Vaccination United Provinces of Agra and Oudh 1902-1913 - 1902-1913
Year: 1902
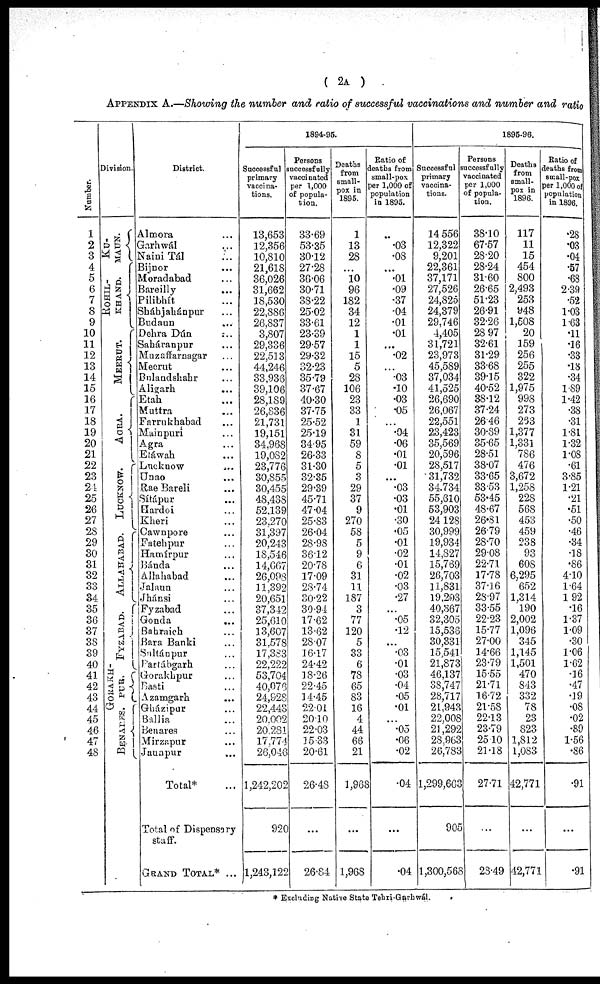
( 2A )
APPENDIX A.—Showing the number and ratio of successful vaccinations and number and ratio
Number.
1
2
3
4
5
6
7
8
9
10
11
12
13
14
15
16
17
18
19
20
21
22
23
24
25
26
27
28
29
30
31
32
33
34
35
36
37
38
39
40
41
42
43
44
45
46
47
48
Division.
KU¬
MAUN.
ROHIL¬
KHAND.
MEERUT.
AGRA.
LUCKNOW.
ALLAHABAD.
FYZABAD.
GORAKH¬
PUR.
BENARES.
District.
Almora ...
Garhwál ...
Naini Tál ...
Bijnor ...
Moradabad ...
Bareilly
...
Pilibhít ...
Sháhjahánpur ...
Budaun ...
Dehra Dún ...
Saháranpur ...
Muzaffarnagar ...
Meerut ...
Bulandshahr ...
Aligarh ...
Etah ...
Muttra ...
Farrukhabad ...
Mainpuri ...
Agra ...
Etáwah ...
Lucknow ...
Unao ...
Rae Bareli ...
Sítápur ...
Hardoi ...
Kheri ...
Cawnpore ...
Fatehpur ...
Hamírpur ...
Bánda ...
Allahabad ...
Jalaun ...
Jhánsi ...
Fyzabad ...
Gonda ...
Bahraich ...
Bara Banki ...
Sultánpur ...
Partábgarh ...
Gorakhpur ...
Basti ...
Azamgarh ...
Gházipur ...
Ballia ...
Benares ...
Mirzapur ...
Jaunpur ...
Total* ...
Total of Dispensary
staff. ...
GRAND TOTAL* ...
1894-95.
Successful
primary
vaccina-
tions.
13,653
12,356
10,810
21,618
36,026
31,662
18,530
22,886
26,837
3,807
29,336
22,513
44,246
33,936
39,106
28,189
26,836
21,731
19,151
34,968
19,082
23,776
30,855
30,455
48,438
52,139
23,270
31,397
20,243
18,546
14,667
26,098
11,392
20,651
37,342
25,610
13,607
31,578
17,383
22,222
53,704
40,076
24,928
22,443
20,002
20,281
17,774
26,046
1,242,202
920
|l,243,122
Persons
successfully
vaccinated
per 1,000
of popula-
tion.
33.69
53.35
30.12
27.28
36.06
30.71
38.22
25.02
33.61
23.39
29.57
29.32
32.23
35.79
37.67
40.30
37.75
25.52
25.19
34.95
26.33
31.30
32.35
29.39
45.71
47.04
25.83
26.04
28.98
36.12
20.78
17.09
28.74
30.22
30.94
17.62
13.62
28.07
16.17
24.42
18.26
22.45
14.45
22.01
20.10
22.03
15.33
20.61
26.48
...
26.84
Deaths
from
small-
pox in
1895.
1
13
28
...
10
96
182
34
12
1
1
15
5
28
106
23
33
1
31
59
8
5
3
29
37
9
270
58
5
9
6
31
11
187
3
77
120
5
33
6
78
65
83
16
4
44
66
21
1,968
...
1,968
Ratio of
deaths from
small-pox
per 1,000 of
population
in 1895.
...
.03
.08
...
.01
.09
.37
.04
.01
.01
...
.02
...
.03
.10
.03
.05
...
.04
.06
.01
.01
...
.03
.03
.01
.30
.05
.01
.02
.01
.02
.03
.27
...
.05
.12
...
.03
.01
.03
.04
.05
.01
...
.05
.06
.02
.04
...
.04
1895-96.
Successful
primary
vaccina-
tions.
14,556
12,322
9,201
22,361
37,171
27,526
24,825
24,379
29,746
4,405
31,721
23,973
45,589
37,034
41,525
26,690
26,067
22,551
23,423
35,569
20,596
28,517
31,732
34,734
55,610
53,903
24,128
30,999
19,934
14,827
15,769
26,703
11,831
19,203
40,367
32,305
15,536
30,331
15,541
21,873
46,137
38,747
28,717
21,943
22,008
21,292
28,963
26,783
1,299,663
905
1,300,568
Persons
successfully
vaccinated
per 1,000
of popula-
tion.
38.10
67.57
28.20
28.24
31.60
26.65
51.23
26.91
32.26
28.97
32.61
31.29
33.68
39.15
40.52
38.12
37.24
26.46
30.89
35.65
28.51
38.07
33.65
33.53
53.45
48.67
26.81
26.79
28.70
29.08
22.71
17.78
37.16
28.97
33.55
22.23
15.77
27.00
14.66
23.79
15.55
21.71
16.72
21.58
22.13
23.79
25.10
21.18
27.71
...
28.49
Deaths
from
small-
pox in
1896.
117
11
15
454
800
2,493
253
948
1,508
20
159
256
255
322
1,975
998
273
263
1,377
1,331
786
476
3,672
1,258
228
568
453
459
238
93
608
6,295
652
1,314
190
2,002
1,096
345
1,145
1,501
470
843
332
78
23
823
1,812
1,083
42,771
...
42,771
Ratio of
deaths from
small-pox
per 1,000 of
population
in 1896.
.28
.03
.04
.57
.68
2.39
.52
1.03
1.63
.11
.16
.33
.18
.34
1.89
1.42
.38
.31
1.81
1.32
1.08
.61
3.85
1.21
.21
.51
.50
.46
.34
.18
.86
4.10
1.64
1.92
.16
1.37
1.09
.30
1.06
1.62
.16
.47
.19
.08
.02
.89
1.56
.86
.91
...
.91
* Excluding Native State Tehri-Garhwál.